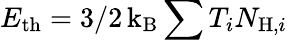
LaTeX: E_{\mathrm{th}}=3/2\, \mathrm{k_{B}}\sum T_{i}N_{\mathrm{H},i}